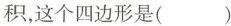
积，这个四边形是( )